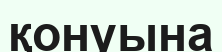
қонуына